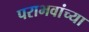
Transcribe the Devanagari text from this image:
पराभवांच्या